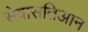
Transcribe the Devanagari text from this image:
सेबासतिआन